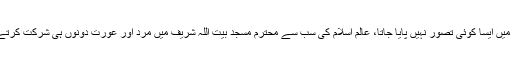
اسلام میں ایسا کوئی تصور نہیں پایا جاتا، عالم اسلام کی سب سے محترم مسجد بیت اللہ شریف میں مرد اور عورت دونوں ہی شرکت کرتے ہیں۔